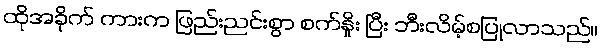
ထိုအခိုက် ကားက ဖြည်းညင်းစွာ စက်နှိုး ပြီး ဘီးလိမ့်စပြုလာသည်။